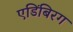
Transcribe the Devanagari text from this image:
एडिंबिरग